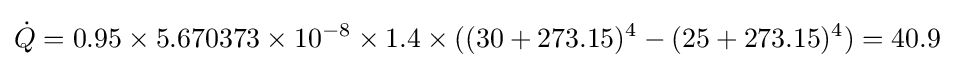
{\dot {Q}}=0.95\times 5.670373\times 10^{-8}\times 1.4\times ((30+273.15)^{4}-(25+273.15)^{4})=40.9